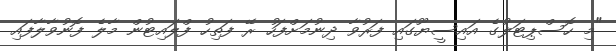
"މި ހޮސްޕިޓަލުގެ އައިސީޔޫގައި ފަރުވާ ދިނުމަށްފަހު ރޭ ފަތިހު ފްލައިޓުން މާލެ ފޮނުވާލާފައި